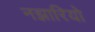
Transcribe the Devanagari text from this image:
नझारियो